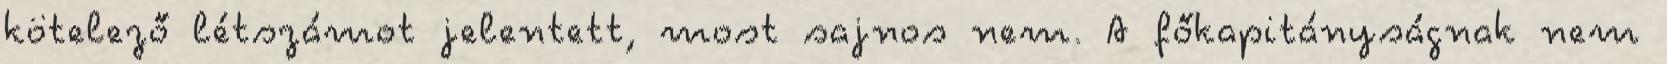
kötelező létszámot jelentett, most sajnos nem. A főkapitányságnak nem